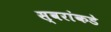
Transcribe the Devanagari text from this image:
स्वरांकडे